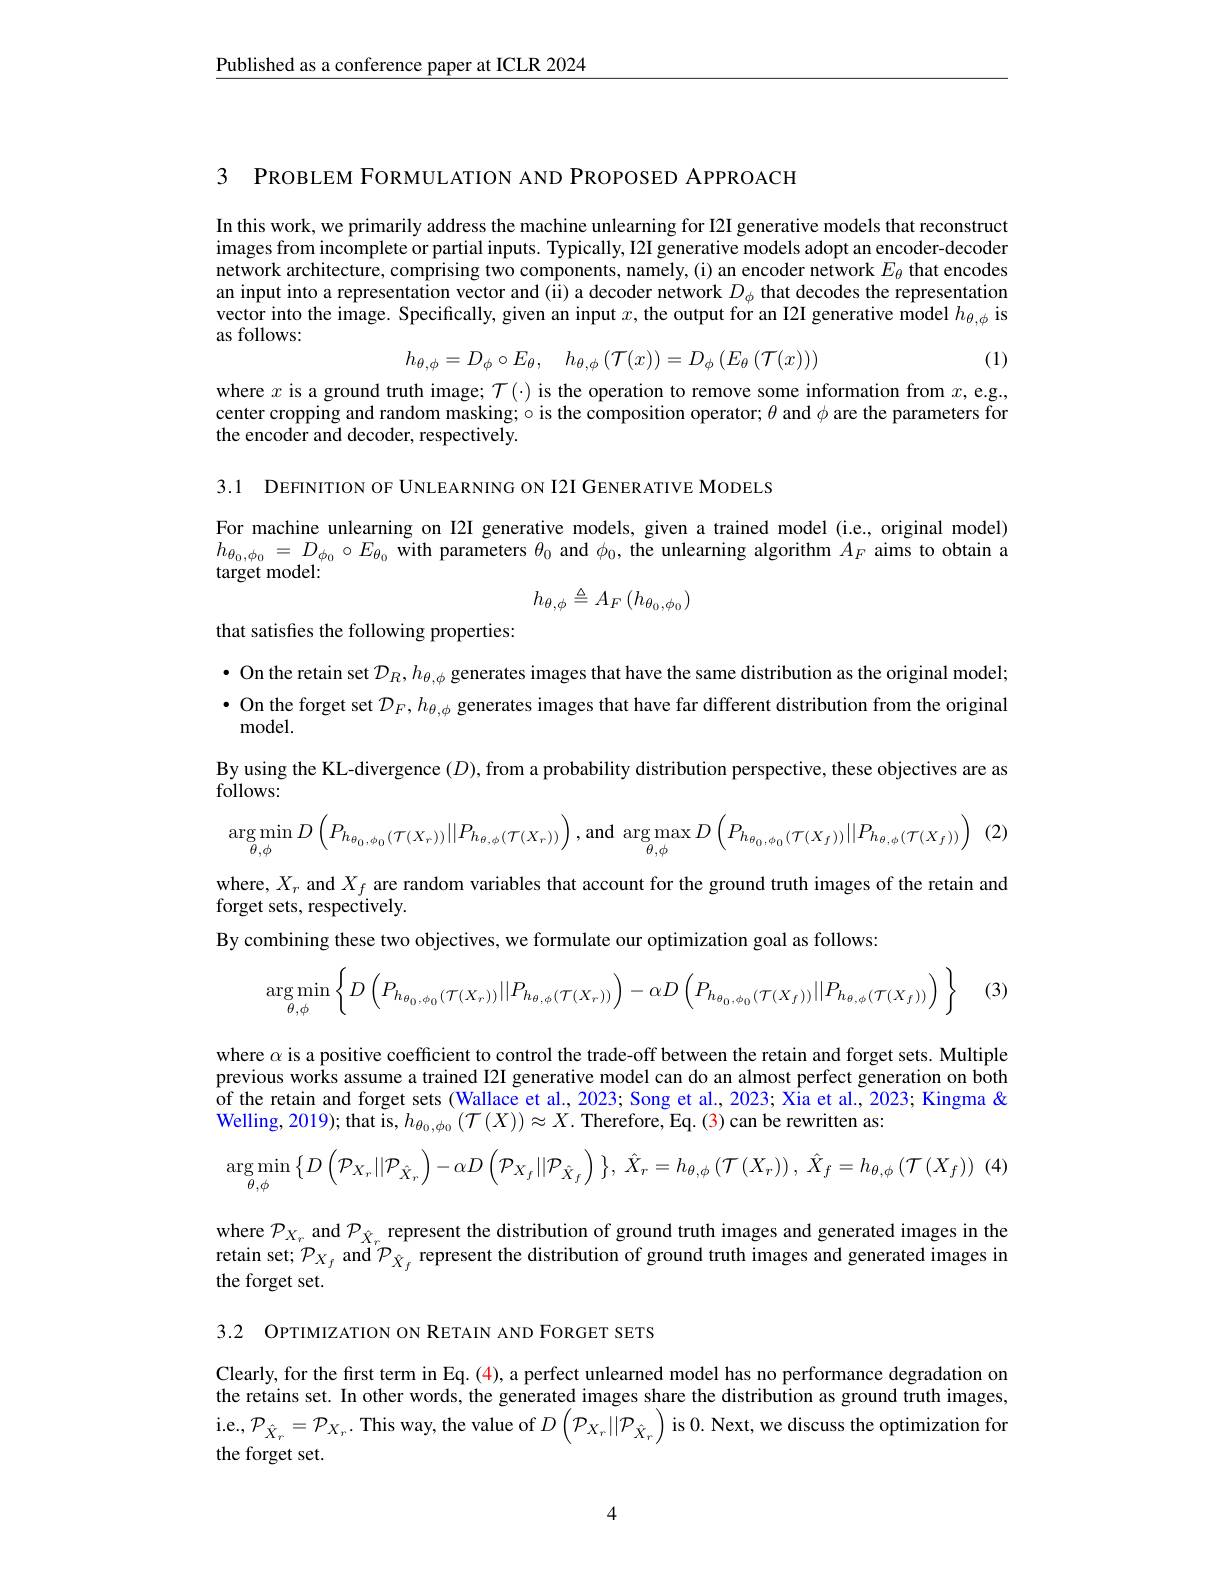
$\underline{\text{Published as a conference paper at ICLR 2024}}$

3 PROBLEM FORMULATION AND PROPOSED APPROACH

In this work, we primarily address the machine unlearning for I2I generative models that reconstruct images from incomplete or partial inputs. Typically, I2I generative models adopt an encoder-decoder network architecture, comprising two components, namely,(i) an encoder network $E_\theta$ that encodes an input into a representation vector and (ii) a decoder network $D_\phi$ that decodes the representation vector into the image. Specifically, given an input $x$,the output for an I2I generative model $h_\theta,\phi$ is as follows:
$$h_{\theta,\phi}=D_{\phi}\circ E_{\theta},\quad h_{\theta,\phi}\left(\mathcal{T}(x)\right)=D_{\phi}\left(E_{\theta}\left(\mathcal{T}(x)\right)\right)$$
(1)

where $x$ is a ground truth image; $\mathcal{T}(\cdot)$ is the operation to remove some information from $x$,eg., center cropping and random masking; $\circ$ is the composition operator; $\theta$ and $\phi$ are the parameters for the encoder and decoder, respectively.

3.1 DEFINITION OF UNLEARNING ON I2I GENER ATIVE MODELS

For machine unlearning on I2I generative models, given a trained model (i.e., original model) $h_{\theta_{0},\phi_{0}}=D_{\phi_{0}}\circ E_{\theta_{0}}$ with parameters $\theta_0$ and $\phi_0$, the unlearning algorithm $A_F$ aims to obtain a target model:
$$h_{\theta,\phi}\triangleq A_F\left(h_{\theta_0,\phi_0}\right)$$
that satisfies the following properties:

$\bullet$ On the retain set $\mathcal{D}_R,h_{\theta,\phi}$ generates images that have the same distribution as the original model; $\bullet$ On the forget set $\mathcal{D}_F,h_{\theta,\phi}$ generates images that have far different distribution from the original ${\mathrm{model}}.$
By using the KL-divergence $(D)$,from a probability distribution perspective, these objectives are as

follows:
$$\arg\min_{\theta,\phi}D\left(P_{h_{\theta_{0},\phi_{0}}(T(X_{r}))}||P_{h_{\theta,\phi}(T(X_{r}))}\right),\arg\max_{\theta,\phi}D\left(P_{h_{\theta_{0},\phi_{0}}(T(X_{f}))}||P_{h_{\theta,\phi}(T(X_{f}))}\right)\:(2)$$
where, $X_r$ and $X_f$ are random variables that account for the ground truth images of the retain and
forget sets, respectively.
By combining these two objectives, we formulate our optimization goal as follows:
$$\arg\min\limits_{\theta,\phi}\left\{D\left(P_{h_{\theta_0,\phi_0}(\mathcal{T}(X_r))}||P_{h_{\theta,\phi}(\mathcal{T}(X_r))}\right)-\alpha D\left(P_{h_{\theta_0,\phi_0}(\mathcal{T}(X_f))}||P_{h_{\theta,\phi}(\mathcal{T}(X_f))}\right)\right\}$$
(3

where $\alpha$ is a positive coefficient to control the trade-off between the retain and forget sets. Multiple previous works assume a trained I2I generative model can do an almost perfect generation on both of the retain and forget sets (Wallace et al., 2023; Song et al., 2023; Xia et al., 2023; Kingma & Welling, 2019); that is, $h_{\theta_0,\phi_0}\left(\mathcal{T}(X)\right)\approx X.$ Therefore, Eq. (3) can be rewritten as:
$$\underset{\theta,\phi}{\arg\min}\left\{D\left(\mathcal{P}_{X_{r}}||\mathcal{P}_{\hat{X}_{r}}\right)-\alpha D\left(\mathcal{P}_{X_{f}}||\mathcal{P}_{\hat{X}_{f}}\right)\right\},\:\hat{X}_{r}=h_{\theta,\phi}\left(\mathcal{T}\left(X_{r}\right)\right),\:\hat{X}_{f}=h_{\theta,\phi}\left(\mathcal{T}\left(X_{f}\right)\right)$$
where $\mathcal{P}_{X_{r}}$ and $\mathcal{P}_{\hat{X}_{r}}$ represent the distribution of ground truth images and generated images in the retain set; $\mathcal{P}_{X_f}$ and $\mathcal{P}_{\hat{X}_f}$ represent the distribution of ground truth images and generated images in the forget set.

3.2 OPTIMIZATION ON RETAIN AND FORGET SETS

Clearly, for the first term in Eq. (4), a perfect unlearned model has no performance degradation om the retains set. In other words, the generated images share the distribution as ground truth images, $\begin{array}{l}{\mathrm{i.e.,~}\mathcal{P}_{\hat{X}_{r}}=\mathcal{P}_{X_{r}}.~\mathrm{This~way,~the~value~of~}D\left(\mathcal{P}_{X_{r}}||\mathcal{P}_{\hat{X}_{r}}\right)\mathrm{is~}0.~\mathrm{Next,~we~discuss~the~optimization~for}}\\\end{array}$ the forget set.

4